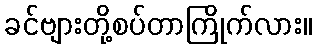
ခင်ဗျားတို့စပ်တာကြိုက်လား။